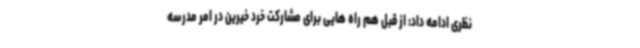
نظری ادامه داد: از قبل هم راه هایی برای مشارکت خرد خیرین در امر مدرسه